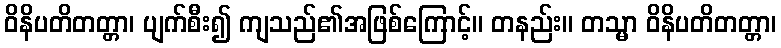
ဝိနိပတိတတ္တာ၊ ပျက်စီး၍ ကျသည်၏အဖြစ်ကြောင့်။ တနည်း။ တသ္မာ ဝိနိပတိတတ္တာ၊